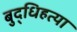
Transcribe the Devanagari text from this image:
बुद्धिहत्या